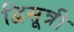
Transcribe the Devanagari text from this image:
द्विसूत्री